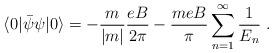
LaTeX: \begin{align*}\langle 0 | {\bar {\psi}} \psi | 0 \rangle = - \frac {m} {|m|} \frac {eB} {2 \pi} - \frac {meB} {\pi} \sum_{n=1}^{\infty} \frac {1} {E_n} \; .\end{align*}